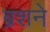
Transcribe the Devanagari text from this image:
ब्रशने